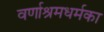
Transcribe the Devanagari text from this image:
वर्णाश्रमधर्मका